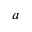
a